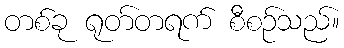
တစ်ခု ရုတ်တရက် စီစဉ်သည်။